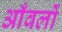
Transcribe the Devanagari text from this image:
आँवलों